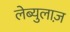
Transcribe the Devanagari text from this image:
लेब्युलाज़